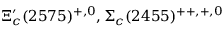
\Xi _ { c } ^ { \prime } ( 2 5 7 5 ) ^ { + , 0 } , \Sigma _ { c } ( 2 4 5 5 ) ^ { + + , + , 0 }